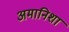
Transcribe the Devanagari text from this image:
अमानिशा